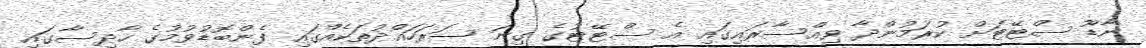
ނާޑޫ ސްޓޭޓަށް ކުރަމުންދާ ވިއްސާރައިގައި އެ ސްޓޭޓުގެ ގިނަ ސަރަހައްދުތަކެއްގައި ފެންބޮޑުވުމުގެ ހާދިސާގައި